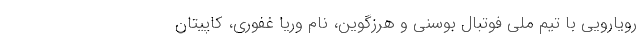
رویارویی با تیم ملی فوتبال بوسنی و هرزگوین، نام وریا غفوری، کاپیتان